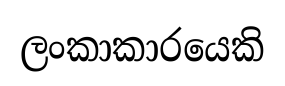
ලංකාකාරයෙකි